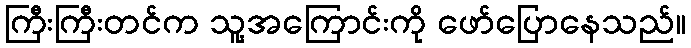
ကြီးကြီးတင်က သူ့အကြောင်းကို ဖော်ပြောနေသည်။